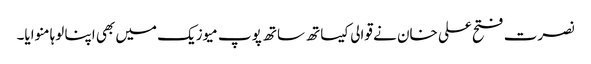
نصرت فتح علی خان نے قوالی کیساتھ ساتھ پوپ میوزیک میں بھی اپنا لوہا منوایا۔